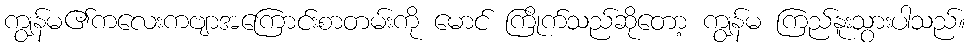
ကျွန်မ၏ကလေးကဗျာအကြောင်းစာတမ်းကို မောင် ကြိုက်သည်ဆိုတော့ ကျွန်မ ကြည်နူးသွားပါသည်။